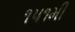
૧૫૧મી